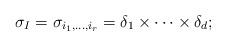
LaTeX: \begin{align*} \sigma_I = \sigma_{i_1, \dotsc, i_r} = \delta_1 \times \dotsb \times \delta_d;\end{align*}